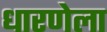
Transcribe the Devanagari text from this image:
धारणेला